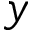
y